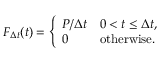
F _ { \Delta t } ( t ) = { \left\{ \begin{array} { l l } { P / \Delta t } & { 0 < t \leq \Delta t , } \\ { 0 } & { { \mathrm { o t h e r w i s e } } . } \end{array} \right. }